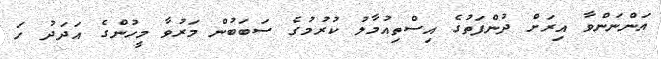
އަންނަންވާ އިރަށް ދުންފަތުގެ އިސްތިއުމާލު ކުރުމުގެ ސަބަބުން މަރުވާ މީހުންގެ އަދަދު ހަ